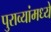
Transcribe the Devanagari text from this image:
पुराव्यांमध्ये